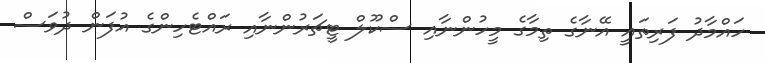
ހައްމާދު ފަރިތައީ އޭނާގެ ތިމާގެ މީހުންނާއި ސްކޫލް ޓީޗަރުންނާއި ރައްޓެހިންގެ އުފަން ދުވަސް